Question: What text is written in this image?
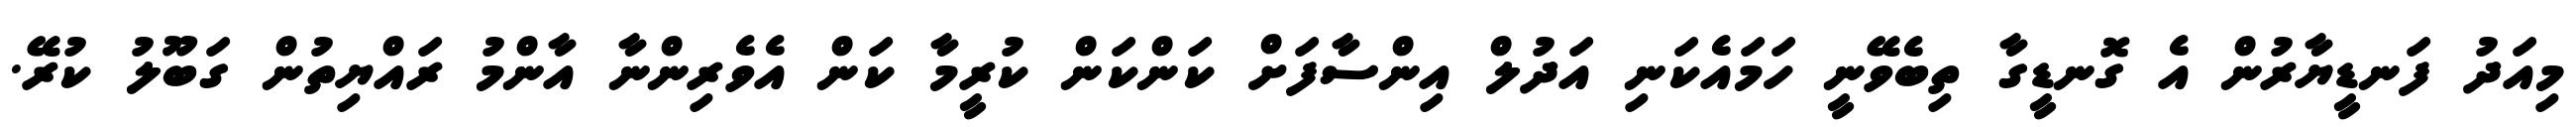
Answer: މިއަދު ފަނޑީޔާރުން އެ ގޮނޑީގާ ތިބެވޭނީ ހަމައެކަނި އަދުލް އިންސާފަށް ކަންކަން ކުރީމާ ކަން އެވެރިންނާ އާންމު ރައްޔިތުން ގަބޫލު ކުރޭ.